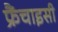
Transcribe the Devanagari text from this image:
फ्रैंचाइसी